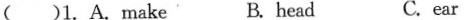
()1. A.make B. head C. ear